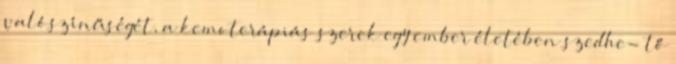
valószínűségét, a kemoterápiás szerek egy ember életében szedhe- tő